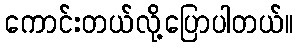
ကောင်းတယ်လို့ပြောပါတယ်။